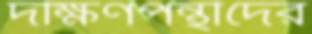
দক্ষিণপন্থীদের